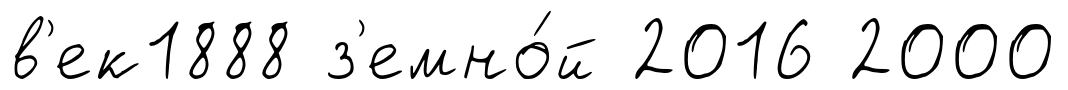
в'ек1888 з'емно́й 2016 2000